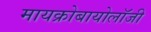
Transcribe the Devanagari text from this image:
मायक्रोबायोलॉजी